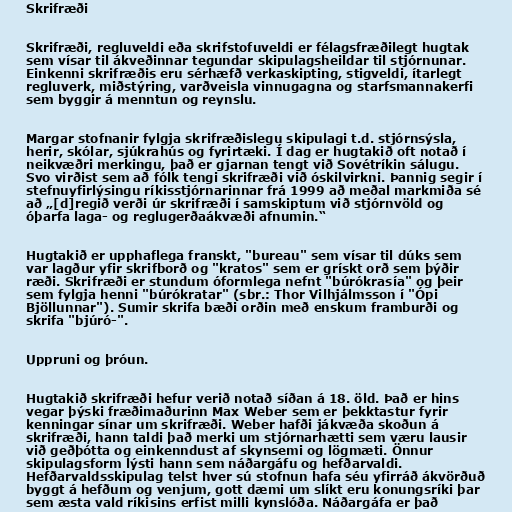
Skrifræði

Skrifræði, regluveldi eða skrifstofuveldi er félagsfræðilegt hugtak
sem vísar til ákveðinnar tegundar skipulagsheildar til stjórnunar.
Einkenni skrifræðis eru sérhæfð verkaskipting, stigveldi, ítarlegt
regluverk, miðstýring, varðveisla vinnugagna og starfsmannakerfi
sem byggir á menntun og reynslu.

Margar stofnanir fylgja skrifræðislegu skipulagi t.d. stjórnsýsla,
herir, skólar, sjúkrahús og fyrirtæki. Í dag er hugtakið oft notað í
neikvæðri merkingu, það er gjarnan tengt við Sovétríkin sálugu.
Svo virðist sem að fólk tengi skrifræði við óskilvirkni. Þannig segir í
stefnuyfirlýsingu ríkisstjórnarinnar frá 1999 að meðal markmiða sé
að „[d]regið verði úr skrifræði í samskiptum við stjórnvöld og
óþarfa laga- og reglugerðaákvæði afnumin.“

Hugtakið er upphaflega franskt, "bureau" sem vísar til dúks sem
var lagður yfir skrifborð og "kratos" sem er grískt orð sem þýðir
ræði. Skrifræði er stundum óformlega nefnt "búrókrasía" og þeir
sem fylgja henni "búrókratar" (sbr.: Thor Vilhjálmsson í "Ópi
Bjöllunnar"). Sumir skrifa bæði orðin með enskum framburði og
skrifa "bjúró-".

Uppruni og þróun.

Hugtakið skrifræði hefur verið notað síðan á 18. öld. Það er hins
vegar þýski fræðimaðurinn Max Weber sem er þekktastur fyrir
kenningar sínar um skrifræði. Weber hafði jákvæða skoðun á
skrifræði, hann taldi það merki um stjórnarhætti sem væru lausir
við geðþótta og einkenndust af skynsemi og lögmæti. Önnur
skipulagsform lýsti hann sem náðargáfu og hefðarvaldi.
Hefðarvaldsskipulag telst hver sú stofnun hafa séu yfirráð ákvörðuð
byggt á hefðum og venjum, gott dæmi um slíkt eru konungsríki þar
sem æsta vald ríkisins erfist milli kynslóða. Náðargáfa er það